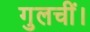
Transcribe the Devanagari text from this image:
गुलचीं।